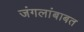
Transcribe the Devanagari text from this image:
जंगलांबाबत